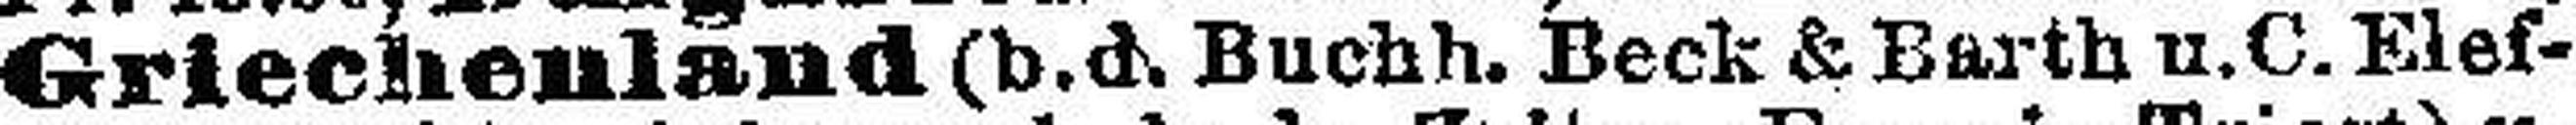
Griechenland (b.d. Buchh. Beck & Barth u.C. Elef¬